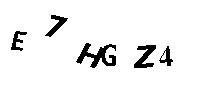
E7HGZ4